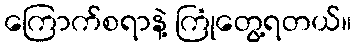
ကြောက်စရာနဲ့ ကြုံတွေ့ရတယ်။